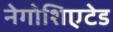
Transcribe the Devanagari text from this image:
नेगोशिएटेड